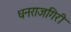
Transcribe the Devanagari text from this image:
धनराजगिरी